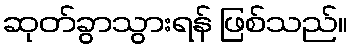
ဆုတ်ခွာသွားရန် ဖြစ်သည်။